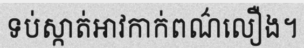
ទប់ស្កាត់អាវកាក់ពណ៌លឿង។